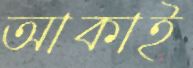
আকাই